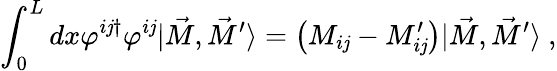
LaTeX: \int_{0}^{L}dx\varphi^{i\mathit{j}\dagger}\varphi^{i\mathit{j}}|\vec{{M}},\vec{{M}}^{\prime}\rangle=\left(M_{i\mathit{j}}-M_{i\mathit{j}}^{\prime}\right)|\vec{{M}},\vec{{M}}^{\prime}\rangle\ ,